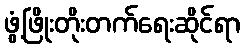
ဖွံ့ဖြိုးတိုးတက်ရေးဆိုင်ရာ